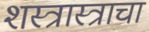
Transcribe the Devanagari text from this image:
शस्त्रास्त्राचा